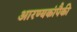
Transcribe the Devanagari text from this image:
आरण्यकांपैकी